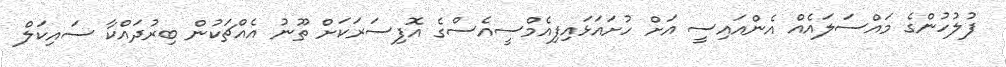
ފުލުހުންގެ މައްސަލައެއް އެންއައިސީ އަށް ހުށައަޅައިފިއެމްސީއެސްގެ އޮފިސަރަކަށް ތޫނު އެއްޗަކުން ބިރުދައްކާ ސައިކަލް